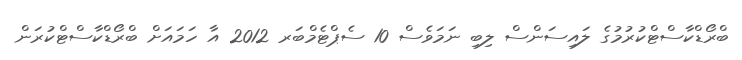
ބްރޯޑްކާސްޓްކުރުމުގެ ލައިސަންސް ލިބި ނަމަވެސް 10 ސެޕްޓެމްބަރ 2012 އާ ހަމައަށް ބްރޯޑްކާސްޓްކުރަން